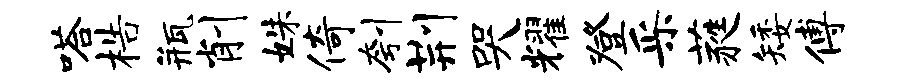
嗒梏瓶削姝倚刳荆哭耀登采蕤矮傅